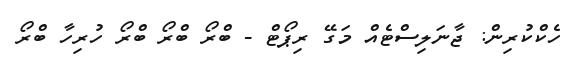
ހެކްކުރިން: ޖާނަލިސްޓެއް މަގޭ ރިޕޯޓް - ބްރޯ ބްރޯ ބްރޯ ހުރިހާ ބްރޯ